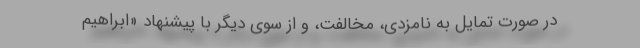
در صورت تمایل به نامزدی، مخالفت، و از سوی دیگر با پیشنهاد «ابراهیم